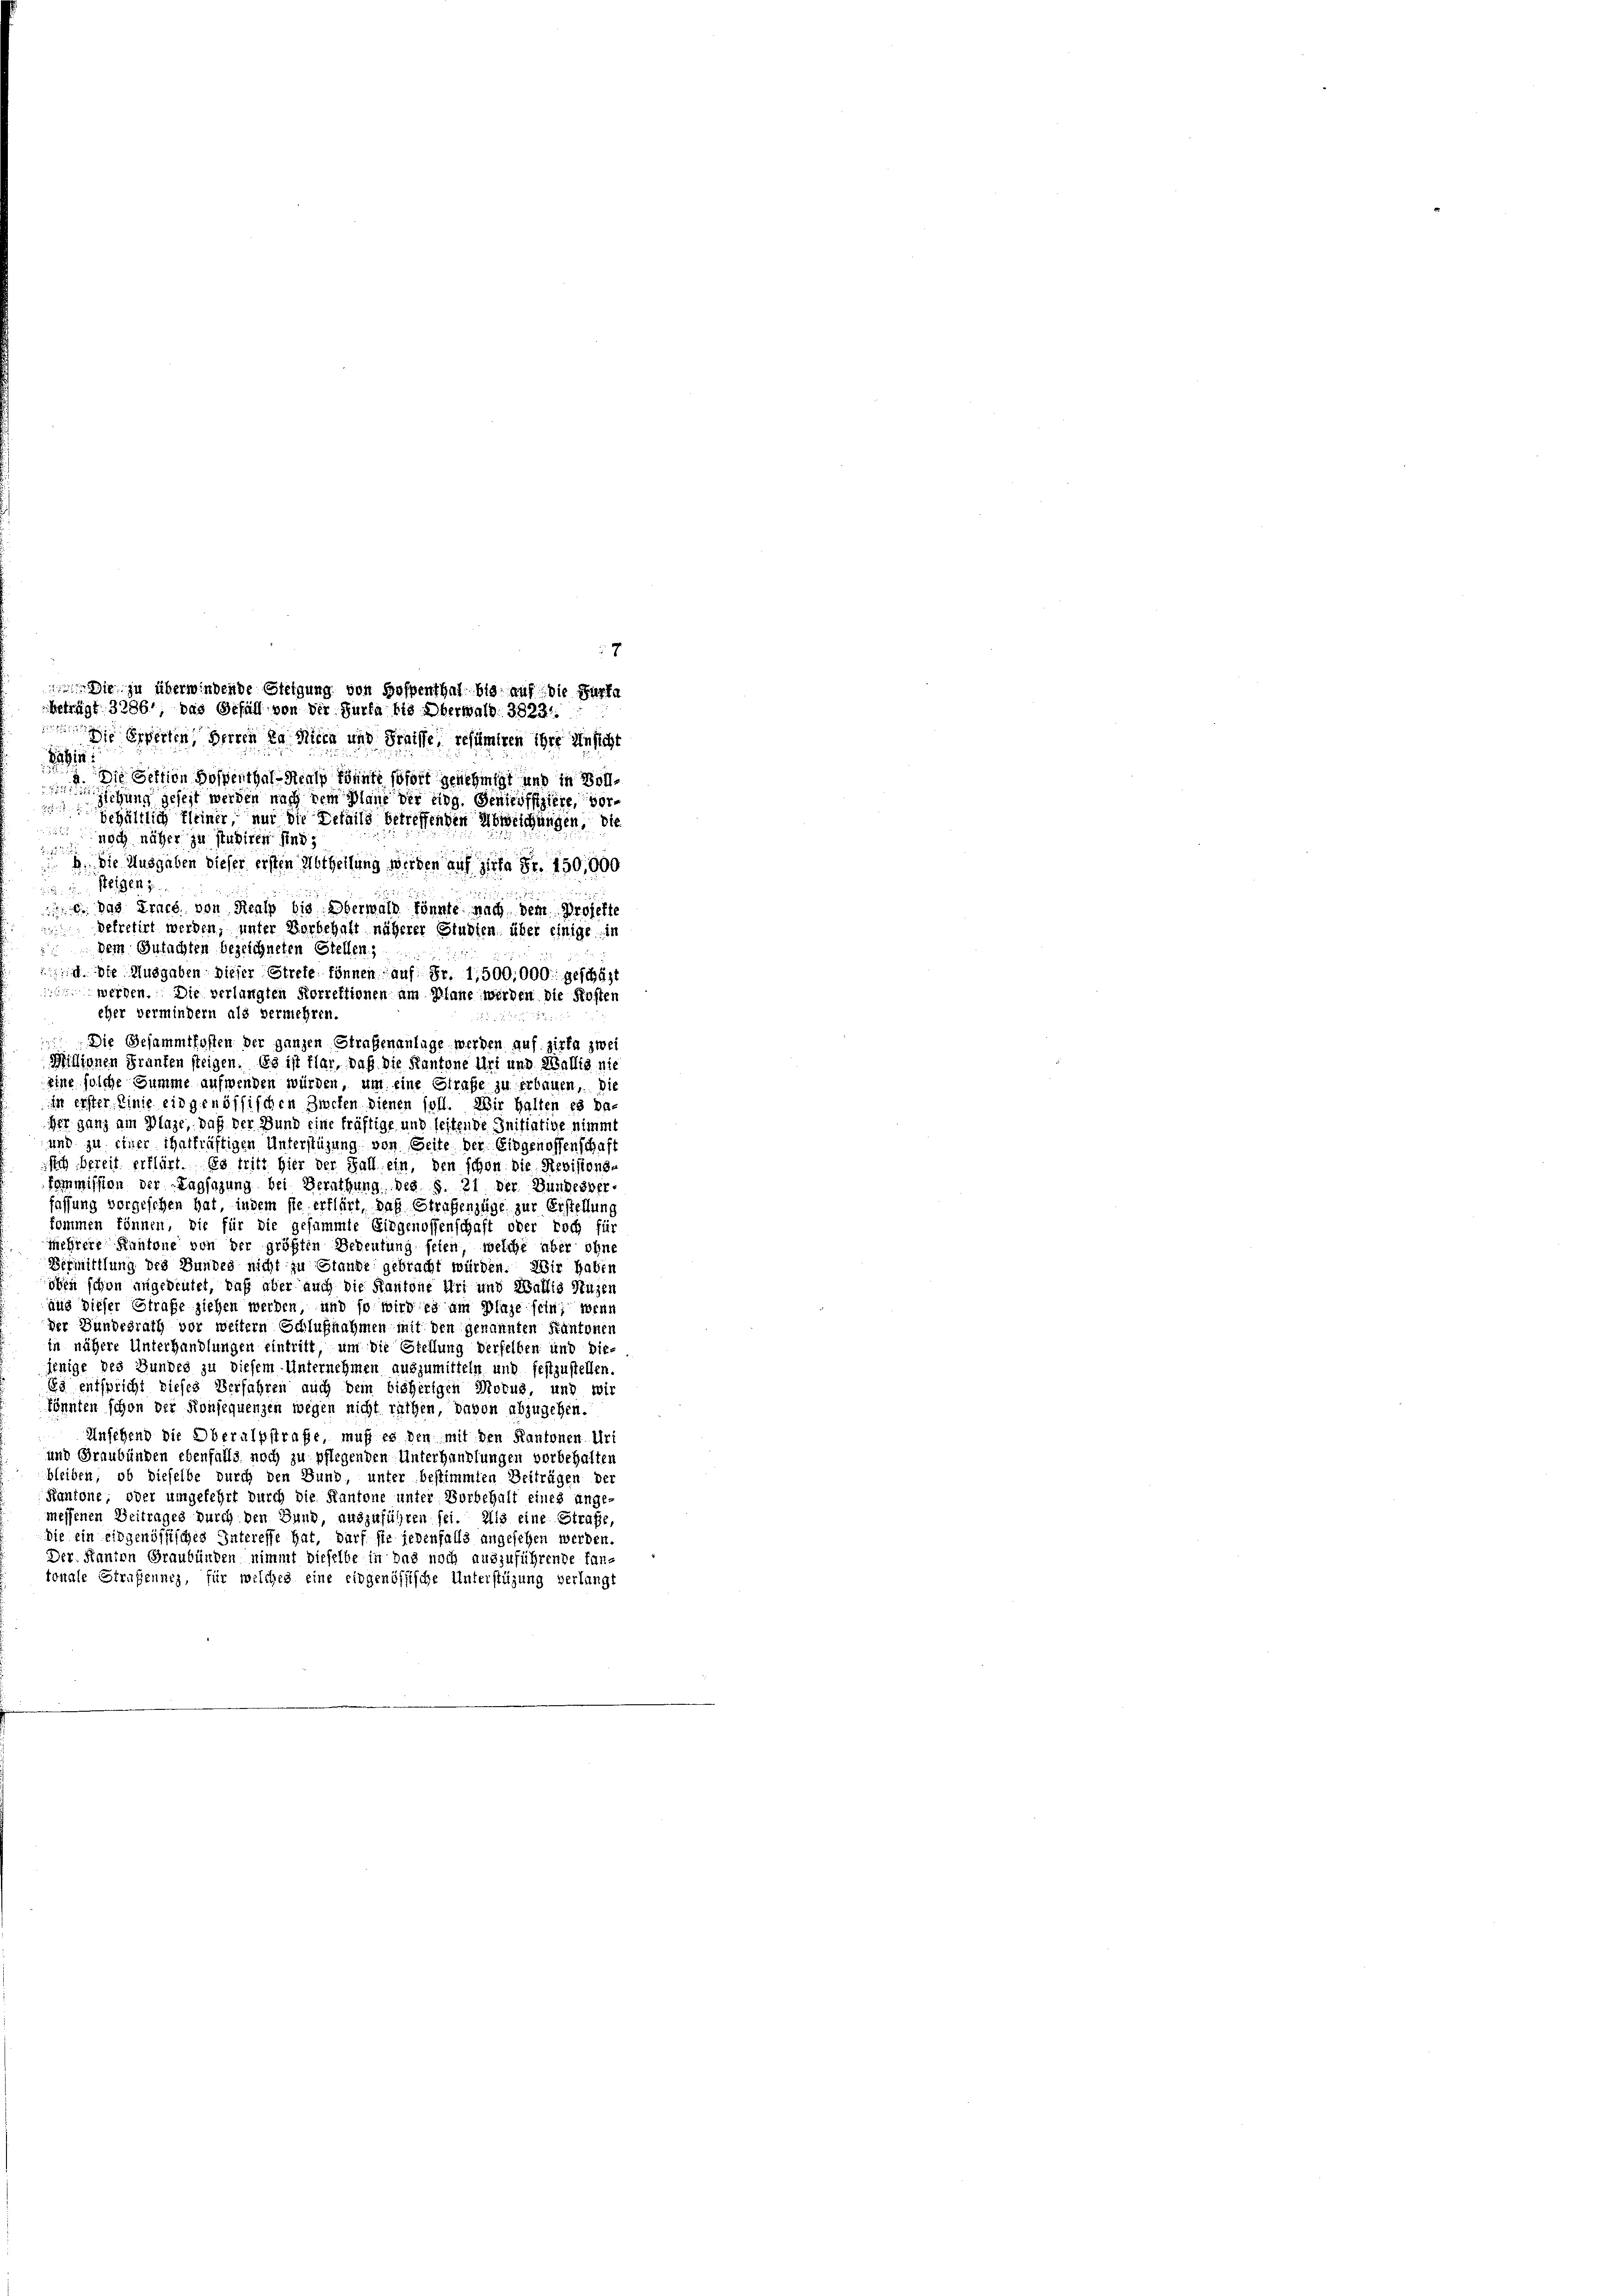
.
Die Sektion Hospenthal-Realp könnte sofort genehmigt und in Voll¬

ziehung gesezt werden nach dem Plane der Eidg. Genoffiziere, vorbehältlich kleiner, nur die Details betreffenden Abweichungen, die
noch näher zu studiren sind,

B. Die Ausgaben dieser ersten Abtheilung werden auch zerta Fr. 150,000
steigen;

 e. das Ernes von Straß bis Oberwald könnte nach dem Projekte
gefretirt werden, unter Vorbehalt näherer Sturten, über einige in
 dem Gutachten bezeichneten Stellen,
 Die Ausgaben dieser Strete können auf Fr. 1,500,000 geschäzt
 werden. Die verlangten Korrektionen um Plane werden die Kosten
eher vermindern als vermehren.
 Die Gesammtkosten der ganzen Straßenanlage werden auf ziele zwei
Millionen Franten steigen. Es ist flar, daß die Kantone Uri und Wallis nie
eine solche Summe aufwenden würden, um eine Strafe zu erbauen, Die
in erster Linie eingenössischen Zweten dienen soll. Wir halten es da-
Her ganz am Plaze, daß der Bund eine kräftige und leitende Initiative nimmt
und zu einer Thatkräftigen Unterstüzung von Seite der Eidgenossenschaft
sich bereit erklärt. Es tritt hier der Fall ein, den schon die Revisions-
kommission der Tagsazung bei Berathung des §. 21 der Bundesber-
fassung vorgeschen hat, indem sie erklärt, das Straßenzüge zur Erstellung
kommen können, die für die gesammte Eingenossenschaft oder doch für
mehrere Kantone von der größten Bedeutung feien, welche aber ohne
Bermittlung des Bundes nicht zu Stande gebracht würden. Wir haben
öben schon angedeutet, daß aber auch die Kantone Uri und Wallig Nuzen
aus dieser Strafe ziehen werden, und so wird es am Plaze sein; wenn
der Bundesrath vor weitern Schlußnahmen mit den genannten Kantonen
in nähere Unterhandlungen eintritt, um die Stellung derselben und die-
jenige des Bundes zu diesem Unternehmen auszumitteln und festzustellen.
Es entspricht dieses Verfahren auch dein bisherigen Modus, und wir
könnten schon der Konsequenzen wegen nicht räthen, davon abzugehen.
Ansehend die Oberalpstrafe, muß es den mit den Kantonen Uri
und Graubünden ebenfalls noch zu pflegenden Unterhandlungen vorbehalten
bleiben, ob dieselbe durch den Bund, unter bestimmten Beiträgen der
Kantone, oder umgekehrt durch die Kantone unter Vorbehalt eines ange-
messenen Zeitrages durch den Bund, auszuführen sei. Als eine Strafe,
die ein eidgenössisches Interesse hat, darf sie jedenfalls angesehen werden.
Der. Kanton Graubünden nimmt dieselbe in das noch auszuführende fan-
tonale Strafsennez, für welches eine eidgenössische Unterstüzung verlangt

7
 Die zu überwindende Steigung von Hoffenthal bis auf die Parte
beträgt. 3286, das Gefüll von der Surfa bis Oberwald. 38231.
i perten, Herren za Milch und Fraisse, resümiren ihre Unsicht